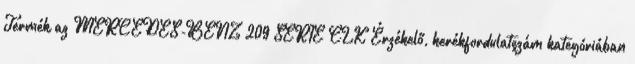
Termék az MERCEDES-BENZ 209 SERIE CLK Érzékelő, kerékfordulatszám kategóriában